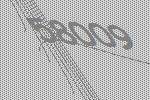
58009